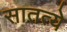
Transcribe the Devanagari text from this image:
सातत्ये